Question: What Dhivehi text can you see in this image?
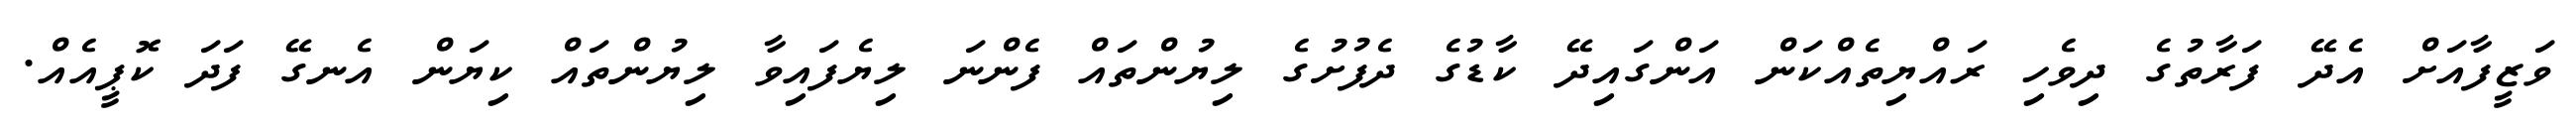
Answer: ވަޒީފާއަށް އެދޭ ފަރާތުގެ ދިވެހި ރައްޔިތެއްކަން އަންގައިދޭ ކާޑުގެ ދެފުށުގެ ލިޔުންތައް ފެންނަ ލިޔެފައިވާ ލިޔުންތައް ކިޔަން އެނގޭ ފަދަ ކޮޕީއެއް.